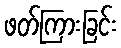
ဖတ်ကြားခြင်း